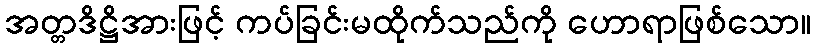
အတ္တဒိဋ္ဌိအားဖြင့် ကပ်ခြင်းမထိုက်သည်ကို ဟောရာဖြစ်သော။